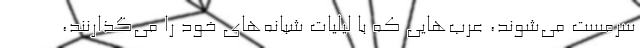
سرمست می‌شوند، عرب‌هایی که با لیلیات شبانه‌های خود را می‌گذارنند،